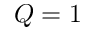
Q = 1